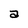
Character: a